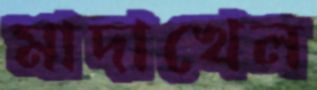
মাদাখেল